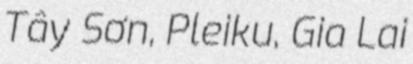
Tây Sơn, Pleiku, Gia Lai